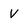
Character: V